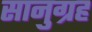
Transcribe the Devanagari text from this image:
सानुग्रह